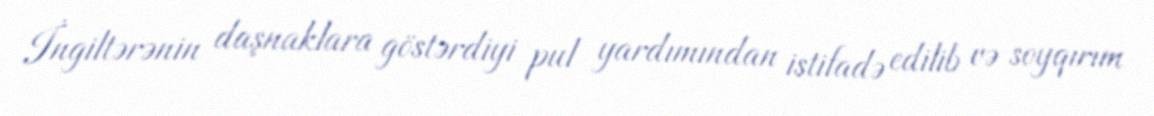
İngiltərənin daşnaklara göstərdiyi pul yardımından istifadə edilib və soyqırım